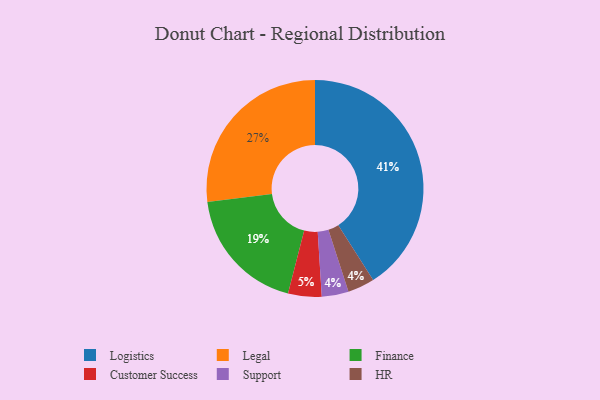
{"axis": {"x": "Category", "y": "Percentage"}, "legend": ["Customer Success", "Finance", "HR", "Legal", "Logistics", "Support"], "data": [{"x": "Legal", "y": 27, "type": "Legal"}, {"x": "Support", "y": 4, "type": "Support"}, {"x": "Logistics", "y": 41, "type": "Logistics"}, {"x": "HR", "y": 4, "type": "HR"}, {"x": "Customer Success", "y": 5, "type": "Customer Success"}, {"x": "Finance", "y": 19, "type": "Finance"}]}